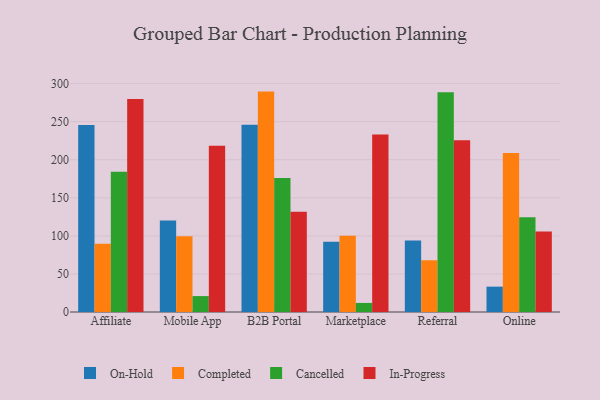
{"axis": {"x": "Channel", "y": "Latency (ms)"}, "legend": ["Cancelled", "Completed", "In-Progress", "On-Hold"], "data": [{"x": "Affiliate", "y": 245.6, "type": "On-Hold"}, {"x": "Affiliate", "y": 89.6, "type": "Completed"}, {"x": "Affiliate", "y": 184.1, "type": "Cancelled"}, {"x": "Affiliate", "y": 279.7, "type": "In-Progress"}, {"x": "Mobile App", "y": 120.3, "type": "On-Hold"}, {"x": "Mobile App", "y": 99.5, "type": "Completed"}, {"x": "Mobile App", "y": 20.9, "type": "Cancelled"}, {"x": "Mobile App", "y": 218.4, "type": "In-Progress"}, {"x": "B2B Portal", "y": 245.9, "type": "On-Hold"}, {"x": "B2B Portal", "y": 289.5, "type": "Completed"}, {"x": "B2B Portal", "y": 175.9, "type": "Cancelled"}, {"x": "B2B Portal", "y": 131.6, "type": "In-Progress"}, {"x": "Marketplace", "y": 92.4, "type": "On-Hold"}, {"x": "Marketplace", "y": 100.3, "type": "Completed"}, {"x": "Marketplace", "y": 11.9, "type": "Cancelled"}, {"x": "Marketplace", "y": 233.1, "type": "In-Progress"}, {"x": "Referral", "y": 94.0, "type": "On-Hold"}, {"x": "Referral", "y": 68.1, "type": "Completed"}, {"x": "Referral", "y": 288.5, "type": "Cancelled"}, {"x": "Referral", "y": 225.5, "type": "In-Progress"}, {"x": "Online", "y": 33.3, "type": "On-Hold"}, {"x": "Online", "y": 208.7, "type": "Completed"}, {"x": "Online", "y": 124.4, "type": "Cancelled"}, {"x": "Online", "y": 105.6, "type": "In-Progress"}]}